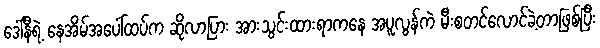
ဒေါ်နီရဲ့ နေအိမ်အပေါ်ထပ်က ဆိုလာပြား အားသွင်းထားရာကနေ အပူလွန်ကဲ မီးစတင်လောင်ခဲ့တာဖြစ်ပြီး